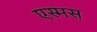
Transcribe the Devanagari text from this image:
एस्मस